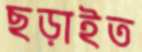
ছড়াইত